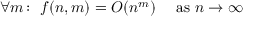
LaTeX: \forall m \colon ~ f ( n , m ) = O ( n ^ { m } ) \quad { \mathrm { ~ a s ~ } } n \to \infty